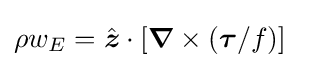
\rho w_{E}={\hat {\boldsymbol {z}}}\cdot [{\boldsymbol {\nabla }}\times ({\boldsymbol {\tau }}/f)]\